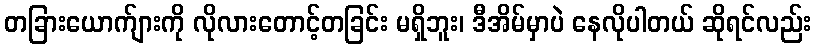
တခြားယောက်ျားကို လိုလားတောင့်တခြင်း မရှိဘူး၊ ဒီအိမ်မှာပဲ နေလိုပါတယ် ဆိုရင်လည်း